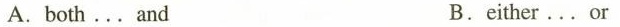
A. both ... and B. either ... or